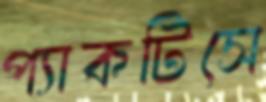
প্যাকটিসে